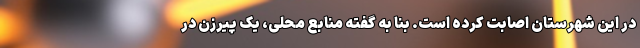
در این شهرستان اصابت کرده است. بنا به گفته منابع محلی، یک پیرزن در